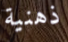
ذهنية